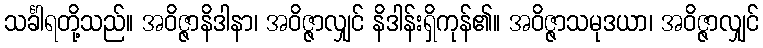
သင်္ခါရတို့သည်။ အဝိဇ္ဇာနိဒါနာ၊ အဝိဇ္ဇာလျှင် နိဒါန်းရှိကုန်၏။ အဝိဇ္ဇာသမုဒယာ၊ အဝိဇ္ဇာလျှင်